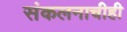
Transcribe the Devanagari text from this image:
संकलनाचीही